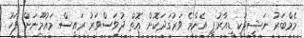
މެމްބަރު ނަޝީދަކީ ޑީއާރުޕީ އެންމެ ވަރުގަދަކޮށް އޮތް ދުވަސްވަރު ރައީސް މައުމޫނަށް ފަހު